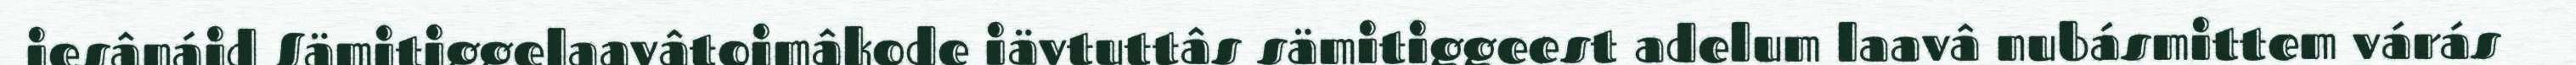
jesânáid Sämitiggelaavâtoimâkode iävtuttâs sämitiggeest adelum laavâ nubásmittem várás